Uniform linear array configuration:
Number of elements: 8
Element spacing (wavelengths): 1
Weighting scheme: blackman
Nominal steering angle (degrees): -30
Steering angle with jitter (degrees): -29.358
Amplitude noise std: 0.05
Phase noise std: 0.05

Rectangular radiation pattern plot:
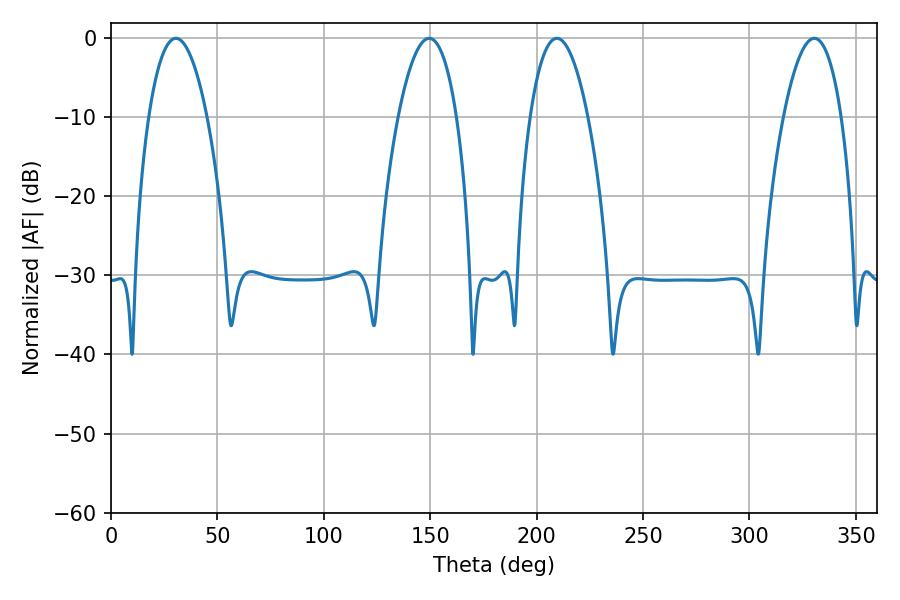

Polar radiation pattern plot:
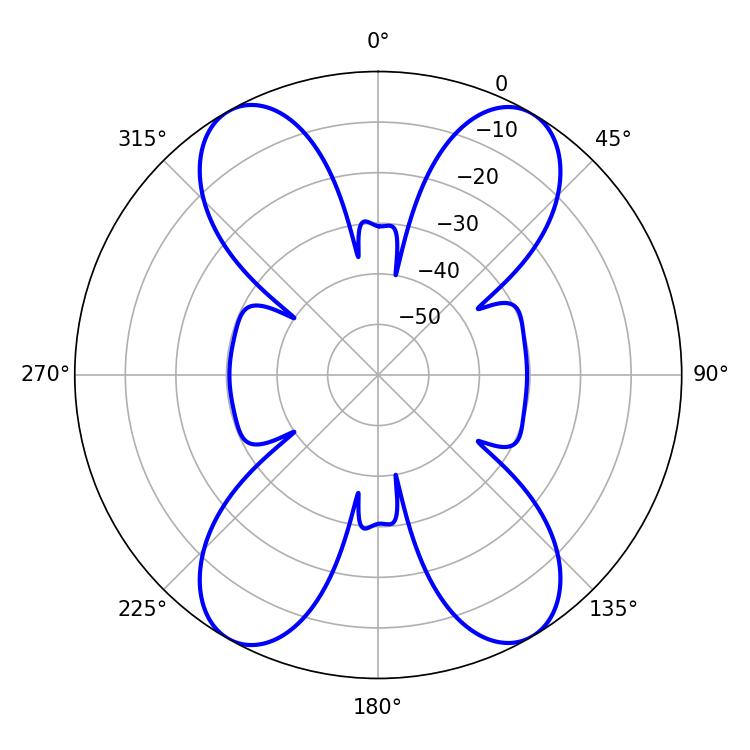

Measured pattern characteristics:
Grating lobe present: TRUE
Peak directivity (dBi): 22.746
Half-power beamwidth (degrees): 15.12
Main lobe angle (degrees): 209.52